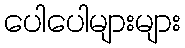
ပေါပေါများများ